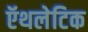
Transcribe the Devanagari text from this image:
ऍथलेटिक